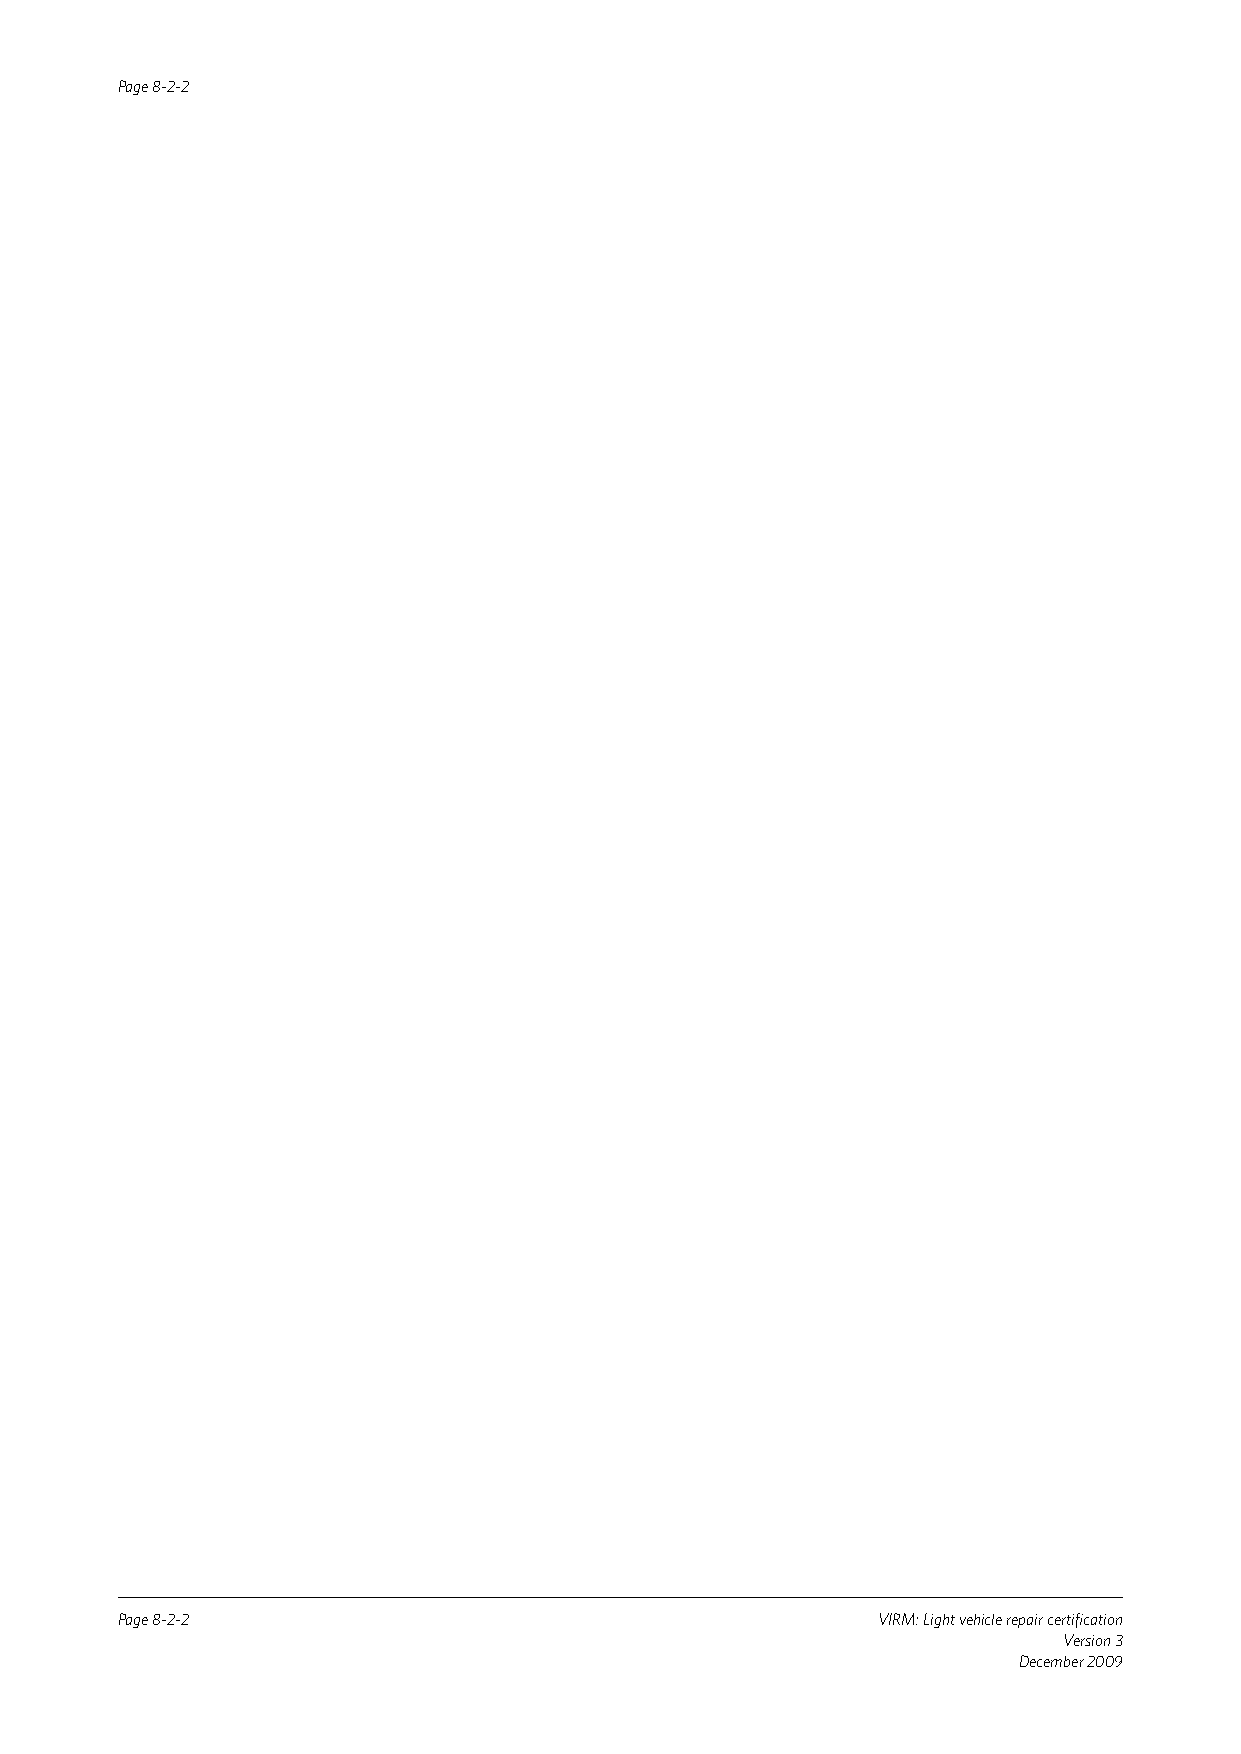
Page 8-2-2
 Page 8-2-2                                        VIRM: Light vehicle repair certification
 Version 3
 December 2009